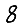
Digit: 8